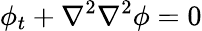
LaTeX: \phi_{t}+\nabla^{2}\nabla^{2}\phi=0